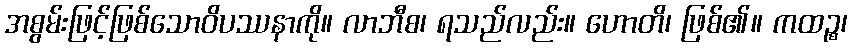
အစွမ်းဖြင့်ဖြစ်သောဝိပဿနာကို။ လာဘီစ၊ ရသည်လည်း။ ဟောတိ၊ ဖြစ်၏။ ကထဉ္စ၊